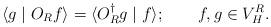
LaTeX: \begin{align*}\langle g\mid O_Rf\rangle=\langle O_R^{\dagger}g\mid f\rangle;\quad~~~ f,g\in V_H^R.\end{align*}